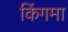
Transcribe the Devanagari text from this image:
किंगमा